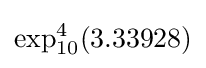
\exp _{10}^{4}(3.33928)